Plague in India, 1896, 1897 - Volume 1
Year: 1896
Disease focus: Plague
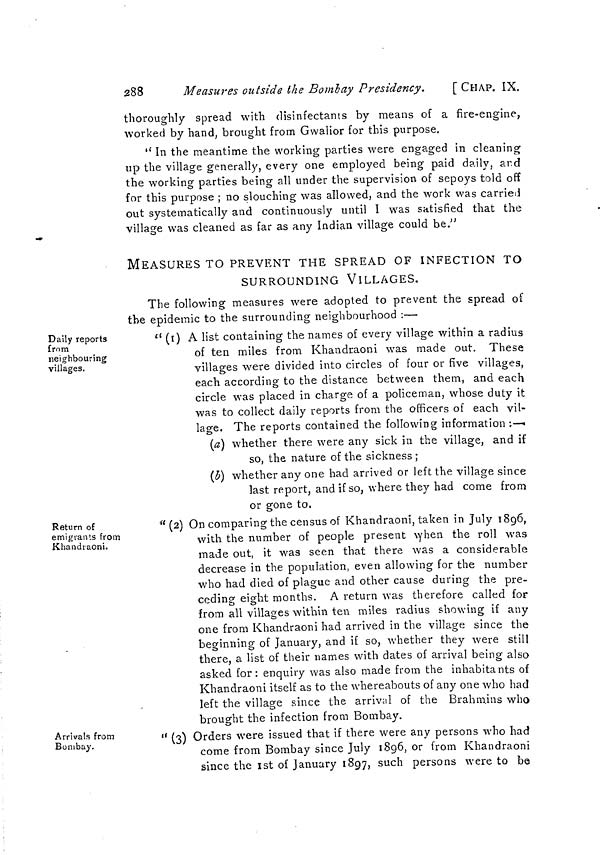
288
Measures outside the Bombay Presidency.
[CHAP. IX.
thoroughly spread with disinfectants by means of a fire-engine,
worked by hand, brought from Gwalior for this purpose.
" In the meantime the working parties were engaged in cleaning
up the village generally, every one employed being paid daily, and
the working parties being all under the supervision of sepoys told off
for this purpose ; no slouching was allowed, and the work was carried
out systematically and continuously until I was satisfied that the
village was cleaned as far as any Indian village could be."
MEASURES TO PREVENT THE SPREAD OF INFECTION TO
SURROUNDING VILLAGES.
Daily reports
from
neighbouring
villages.
The following measures were adopted to prevent the spread of
the epidemic to the surrounding neighbourhood :—
" (1) A list containing the names of every village within a radius
of ten miles from Khandraoni was made out. These
villages were divided into circles of four or five villages,
each according to the distance between them, and each
circle was placed in charge of a policeman, whose duty it
was to collect daily reports from the officers of each vil-
lage. The reports contained the following information :—
(a) whether there were any sick in the village, and if
so, the nature of the sickness ;
(b) whether any one had arrived or left the village since
last report, and if so, where they had come from
or gone to.
Return of
emigrants from
Khandraoni.
"(2) On comparing the census of Khandraoni, taken in July 1896,
with the number of people present when the roll was
made out, it was seen that there was a considerable
decrease in the population, even allowing for the number
who had died of plague and other cause during the pre-
ceding eight months. A return was therefore called for
from all villages within ten miles radius showing if any
one from Khandraoni had arrived in the village since the
beginning of January, and if so, whether they were still
there, a list of their names with dates of arrival being also
asked for: enquiry was also made from the inhabitants of
Khandraoni itself as to the whereabouts of any one who had
left the village since the arrival of the Brahmins who
brought the infection from Bombay.
Arrivals from
Bombay.
" (3) Orders were issued that if there were any persons who had
come from Bombay since July 1896, or from Khandraoni
since the 1st of January 1897, such persons were to be